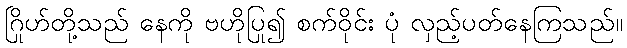
ဂြိုဟ်တို့သည် နေကို ဗဟိုပြု၍ စက်ဝိုင်း ပုံ လှည့်ပတ်နေကြသည်။